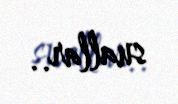
suallar..